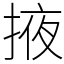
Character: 掖